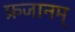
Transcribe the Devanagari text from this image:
फ्रजानम्